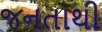
જનતાથી